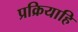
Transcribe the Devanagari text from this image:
प्रक्रियाहि